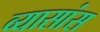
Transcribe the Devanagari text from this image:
व्यासांस